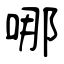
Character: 哪